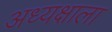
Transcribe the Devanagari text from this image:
अध्यक्षाला